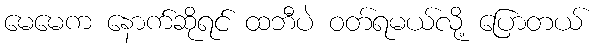
မေမေက နောက်ဆိုရင် ထဘီပဲ ဝတ်ရမယ်လို့ ပြောတယ်